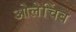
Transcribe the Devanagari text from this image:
ओलेचिंब